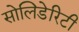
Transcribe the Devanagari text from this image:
सोलिडेरिटी